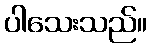
ပါသေးသည်။